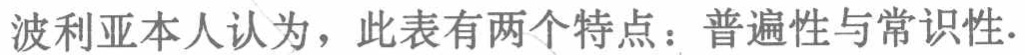
波利亚本人认为，此表有两个特点：普遍性与常识性.